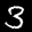
Label: 3